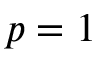
p = 1